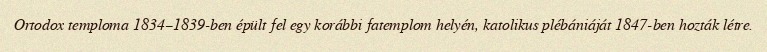
Ortodox temploma 1834–1839-ben épült fel egy korábbi fatemplom helyén, katolikus plébániáját 1847-ben hozták létre.